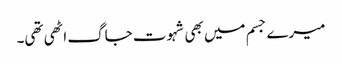
میرے جسم میں بھی شہوت جاگ اٹھی تھی۔